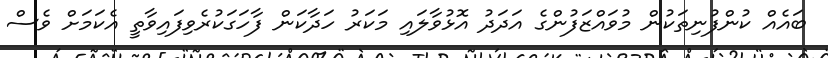
ބައެއް ކުންފުނިތަކުން މުވައްޒަފުންގެ އަދަދު އޮޅުވާލައި މަކަރު ހަދާކަން ފާހަގަކުރެވިފައިވާތީ އެކަމަށް ވެސް